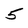
Character: 5